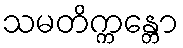
သမတိက္ကန္တော